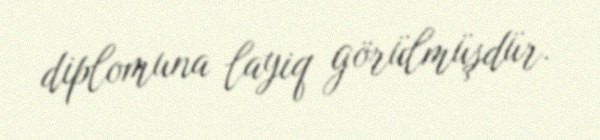
diplomuna layiq görülmüşdür.